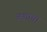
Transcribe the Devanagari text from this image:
जशाचा